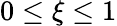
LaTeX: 0\leq\xi\leq 1